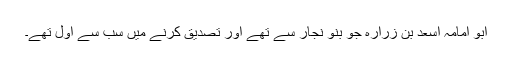
ابو اُمَامَہ اسعد بن زُرَارَہ جو بنو نجار سے تھے اور تصدیق کرنے میں سب سے اول تھے۔